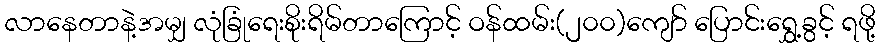
လာနေတာနဲ့အမျှ လုံခြုံရေးစိုးရိမ်တာကြောင့် ဝန်ထမ်း(၂၀၀)ကျော် ပြောင်းရွှေ့ခွင့် ရဖို့